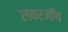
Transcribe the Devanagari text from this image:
लवरजॉय